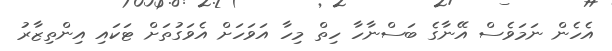
އެހެން ނަމަވެސް އޭނާގެ ބަސްނާހާ ހިތް މިހާ އަވަހަށް އެވަގުތަށް ޓަކައި އިންތިޒާރު